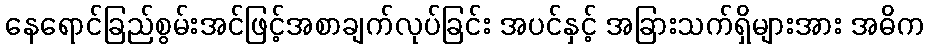
နေရောင်ခြည်စွမ်းအင်ဖြင့်အစာချက်လုပ်ခြင်း အပင်နှင့် အခြားသက်ရှိများအား အဓိက